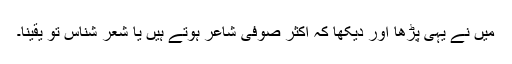
میں نے یہی پڑھا اور دیکھا کہ اکثر صوفی شاعر ہوتے ہیں یا شعر شناس تو یقیناً۔